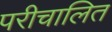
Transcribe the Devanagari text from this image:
परीचालित